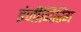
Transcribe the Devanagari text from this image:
इंजीनिरिंग